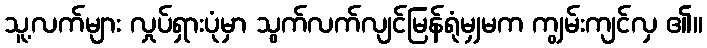
သူ့လက်များ လှုပ်ရှားပုံမှာ သွက်လက်လျင်မြန်ရုံမျှမက ကျွမ်းကျင်လှ ၏။